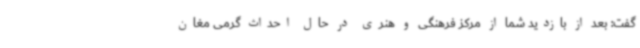
گفت: بعد از بازدید شما از مرکز فرهنگی و هنری در حال احداث گرمی مغان